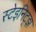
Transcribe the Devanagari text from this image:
स्टेइनिट्झ